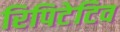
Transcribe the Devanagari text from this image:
रिपिटेटिव